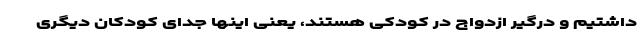
داشتیم و درگیر ازدواج در کودکی هستند، یعنی اینها جدای کودکان دیگری